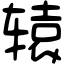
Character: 辕